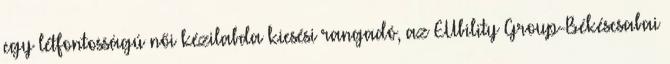
egy létfontosságú női kézilabda kiesési rangadó, az EUbility Group-Békéscsabai